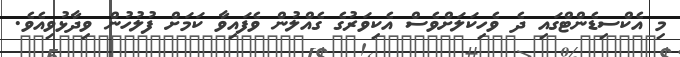
މި އެކްސިޑެންޓްގައި ދެ ވެހިކަލަށްވެސް އެކިވަރުގެ ގެއްލުން ވެފައިވާ ކަމަށް ފުލުހުން ވިދާޅުވިއެވެ.